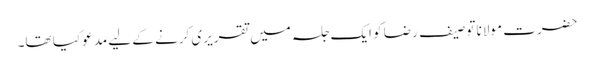
حضرت مولانا توصیف رضا کو ایک جلسہ میں تقریری کرنے کے لیے مدعو کیا تھا۔